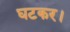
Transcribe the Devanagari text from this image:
घटकर।